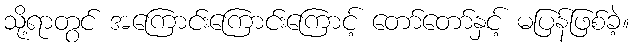
သို့ရာတွင် အကြောင်းကြောင်းကြောင့် တော်တော်နှင့် မပြန်ဖြစ်ခဲ့။